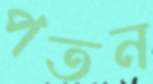
পতন